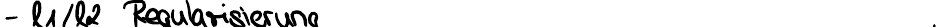
- l1/l2 Regularisierung